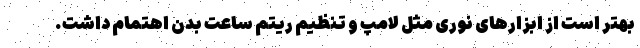
بهتر است از ابزارهای نوری مثل لامپ و تنظیم ریتم ساعت بدن اهتمام داشت.